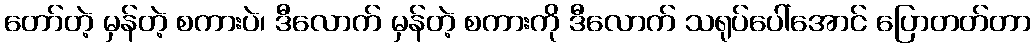
တော်တဲ့ မှန်တဲ့ စကားပဲ၊ ဒီလောက် မှန်တဲ့ စကားကို ဒီလောက် သရုပ်ပေါ်အောင် ပြောတတ်တာ